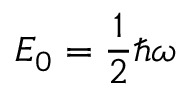
E _ { 0 } = \frac { 1 } { 2 } \hbar \omega